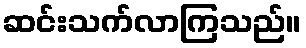
ဆင်းသက်လာကြသည်။